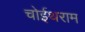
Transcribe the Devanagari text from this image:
चोईथराम